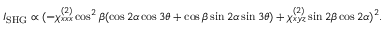
I _ { \mathrm { S H G } } \propto ( - \chi _ { x x x } ^ { ( 2 ) } \cos ^ { 2 } \beta ( \cos 2 \alpha \cos 3 \theta + \cos \beta \sin 2 \alpha \sin 3 \theta ) + \chi _ { x y z } ^ { ( 2 ) } \sin 2 \beta \cos 2 \alpha ) ^ { 2 } .